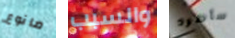
مانوع والسبب سأطرد